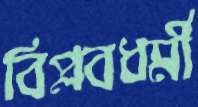
বিপ্লবধর্মী